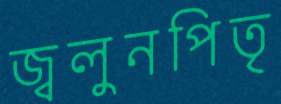
জ্বলুনপিতৃ